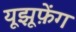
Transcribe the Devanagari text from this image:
यूझूफ़ेंग